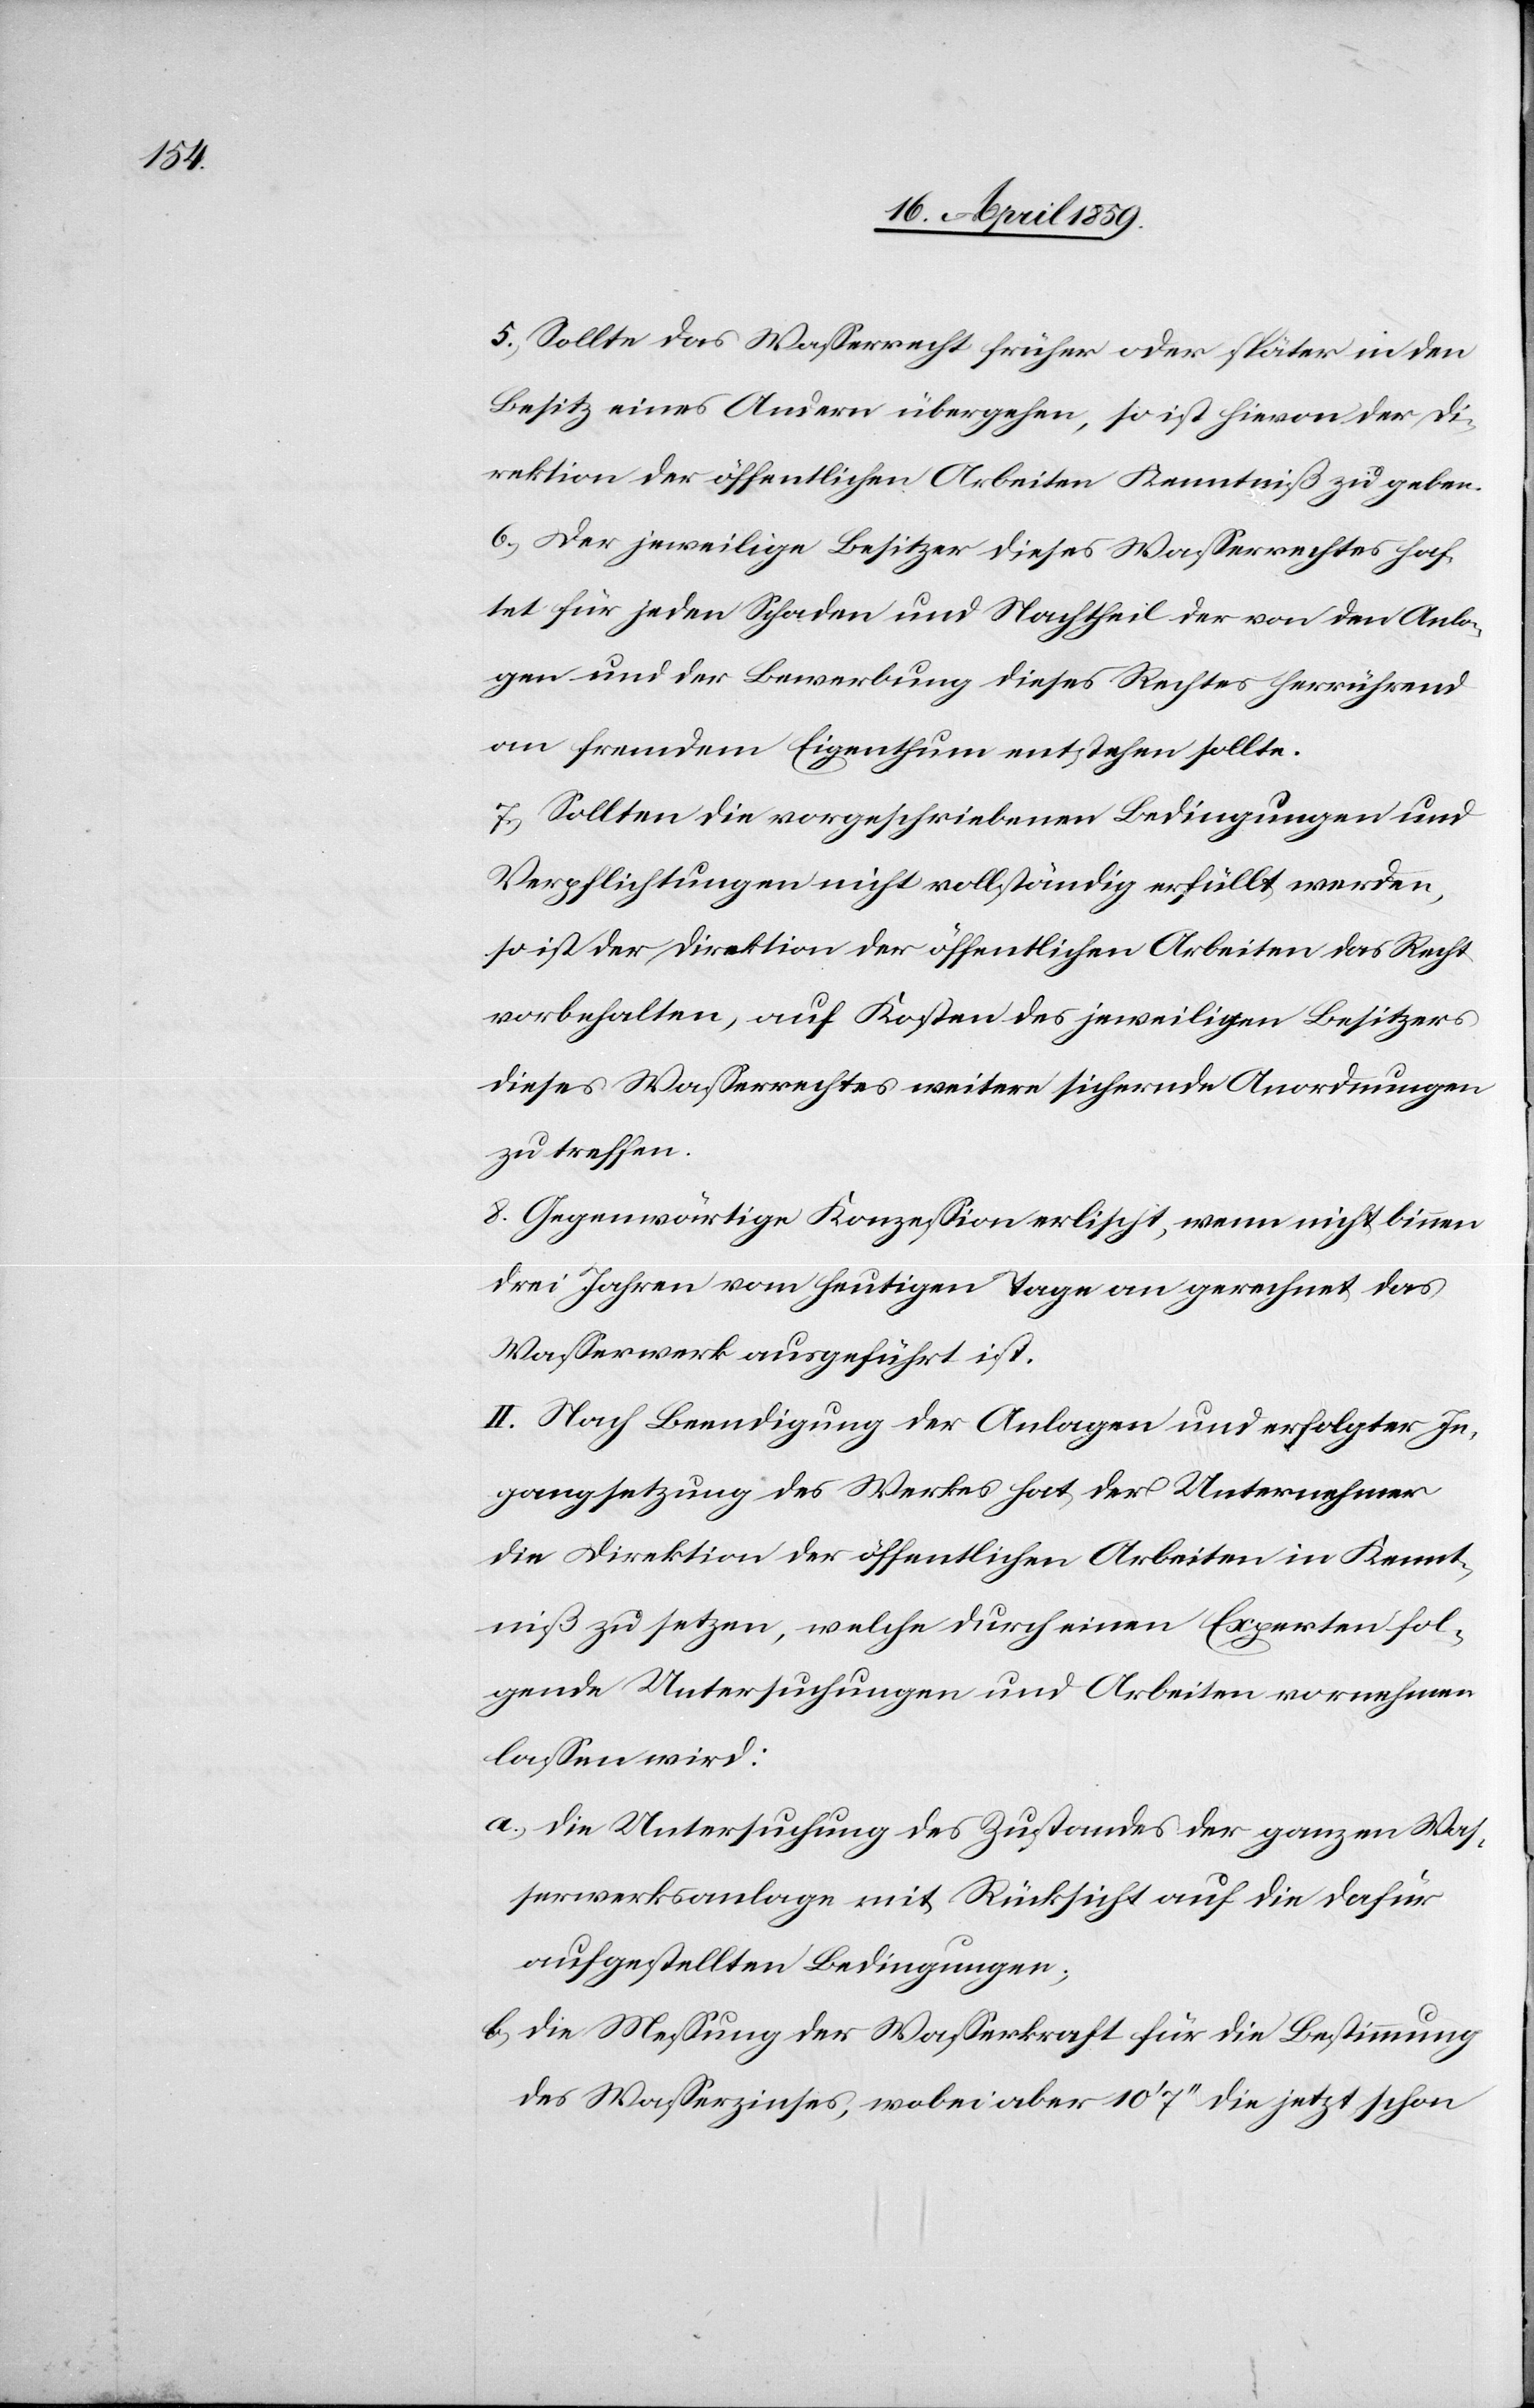
5) Sollte das Waßerrecht früher oder später in den
Besitz eines Andern übergehen, so ist hievon der Di¬
rektion der öffentlichen Arbeiten Kenntniß zu geben.
6) Der jeweilige Besitzer dieses Waßerrechtes haf¬
tet für jeden Schaden und Nachtheil der von den Anla¬
gen und der Bewerbung dieses Rechtes herrührend
an fremdem Eigenthum entstehen sollte.
7) Sollten die vorgeschriebenen Bedingungen und
Verpflichtungen nicht vollständig erfüllt werden,
so ist der Direktion der öffentlichen Arbeiten das Recht
vorbehalten, auf Kosten des jeweiligen Besitzers
dieses Waßerrechtes weitere sichernde Anordnungen
zu treffen.
8) Gegenwärtige Konzeßion erlischt, wenn nicht binnen
drei Jahren vom heutigen Tage an gerechnet das
Waßerwerk ausgeführt ist.
II. Nach Beendigung der Anlagen und erfolgter In¬
gangsetzung des Werkes hat der Unternehmer
die Direktion der öffentlichen Arbeiten in Kennt¬
niß zu setzen, welche durch einen Experten fol¬
gende Untersuchungen und Arbeiten vornehmen
laßen wird:
a) die Untersuchung des Zustandes der ganzen Waß¬
erwerksanlage mit Rücksicht auf die dafür
aufgestellten Bedingungen;
b) die Meßung der Waßerkraft für die Bestimmung
des Waßerzinses, wobei aber 10‘ 7‘‘ die jetzt schon